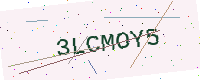
Text: 3LCMOY5